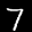
Label: 7